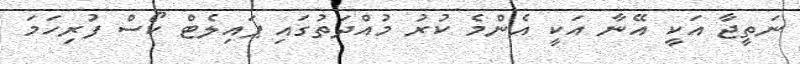
ނަތީޖާ އަކީ އޭނާ އަކީ އެންމެ ކުރު މުއްދަތުގައި ޕައިލެޓް ކޯސް ފުރިހަމަ